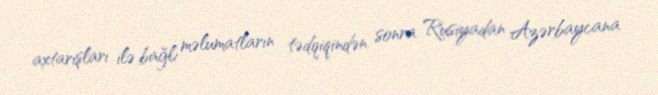
axtarışları ilə bağlı məlumatların tədqiqindən sonra Rusiyadan Azərbaycana